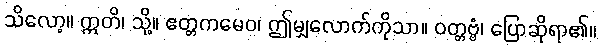
သိလော့။ ဣတိ၊ သို့။ ဧတ္တကမေဝ၊ ဤမျှလောက်ကိုသာ။ ဝတ္တဗ္ဗံ၊ ပြောဆိုရာ၏။